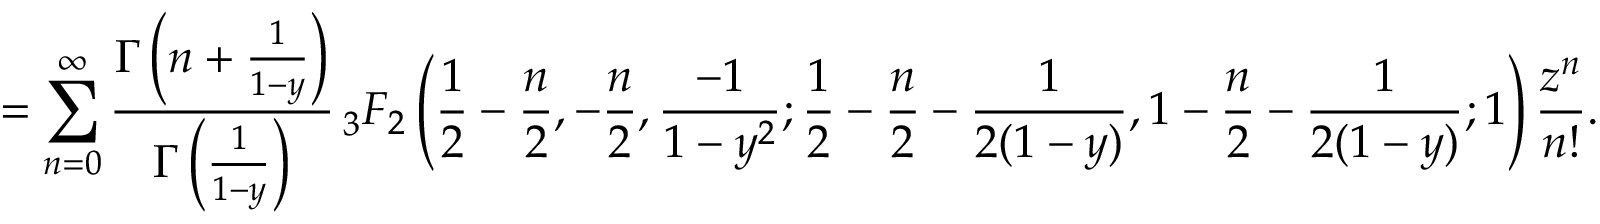
= \sum _ { n = 0 } ^ { \infty } \frac { \Gamma \left( n + \frac { 1 } { 1 - y } \right) } { \Gamma \left( \frac { 1 } { 1 - y } \right) } \, _ { 3 } F _ { 2 } \left( \frac { 1 } { 2 } - \frac { n } { 2 } , - \frac { n } { 2 } , \frac { - 1 } { 1 - y ^ { 2 } } ; \frac { 1 } { 2 } - \frac { n } { 2 } - \frac { 1 } { 2 ( 1 - y ) } , 1 - \frac { n } { 2 } - \frac { 1 } { 2 ( 1 - y ) } ; 1 \right) \frac { z ^ { n } } { n ! } .